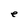
Character: e